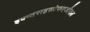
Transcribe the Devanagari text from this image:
इक्ष्तराइसोफएजीयल